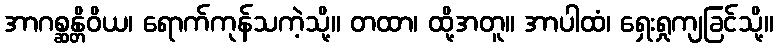
အာဂစ္ဆန္တိဝိယ၊ ရောက်ကုန်သကဲ့သို့။ တထာ၊ ထို့အတူ။ အာပါထံ၊ ရှေးရှုကျခြင်သို့။